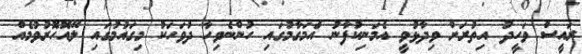
ރައީސް ވަހީދު އިތުރަށް ވިދާޅުވީ އެމަނިކުފާނު އެމަގާމުގައި ހުންނެވިހާ ދުވަހަކު މިގައުމުގައި ލޭއޮހޮރުވުމެއް